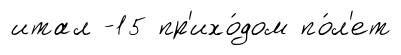
итал -15 пр'ихо́дом по́л'ет